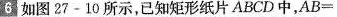
6 如图27-10所示，已知矩形纸片ABCD中，$$AB=